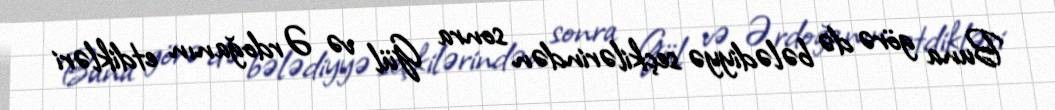
Buna görə də bələdiyyə seçkilərindən sonra Gül və Ərdoğanın etdikləri